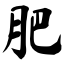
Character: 肥